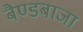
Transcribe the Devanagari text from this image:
बैण्डबाजा